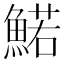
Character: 鰙